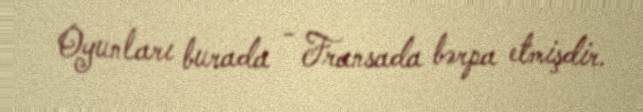
Oyunları burada - Fransada bərpa etmişdir.